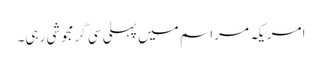
امریکہ مراسم میں پہلی سی گرمجوشی رہی۔